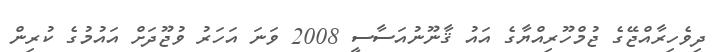
ދިވެހިރާއްޖޭގެ ޖުމްހޫރިއްޔާގެ އައު ޤާނޫނުއަސާސީ 2008 ވަނަ އަހަރު ވުޖޫދަށް އައުމުގެ ކުރިން